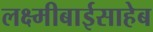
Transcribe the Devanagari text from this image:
लक्ष्मीबाईसाहेब